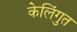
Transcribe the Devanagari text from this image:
केलिंगुत